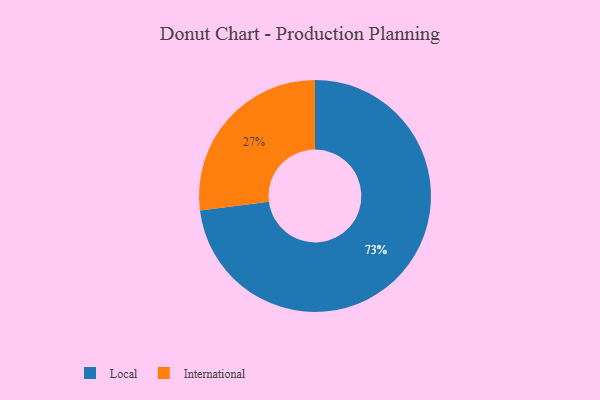
{"axis": {"x": "Category", "y": "Percentage"}, "legend": ["International", "Local"], "data": [{"x": "Local", "y": 73, "type": "Local"}, {"x": "International", "y": 27, "type": "International"}]}